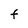
Character: F